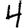
Digit: 4